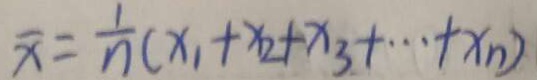
\overline { x } = \frac { 1 } { n } ( x _ { 1 } + x _ { 2 } + x _ { 3 } + \cdots + x _ { n } )